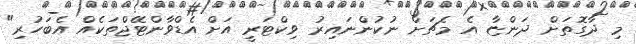
މި ދާގޮތަށް ދަންޏާ އެ މެޗަށް ނުކުންނައިރު ވިކްޓަރީ އަށް އެޑްވާންޓޭޖްތަކެއް އެބަހުރި"